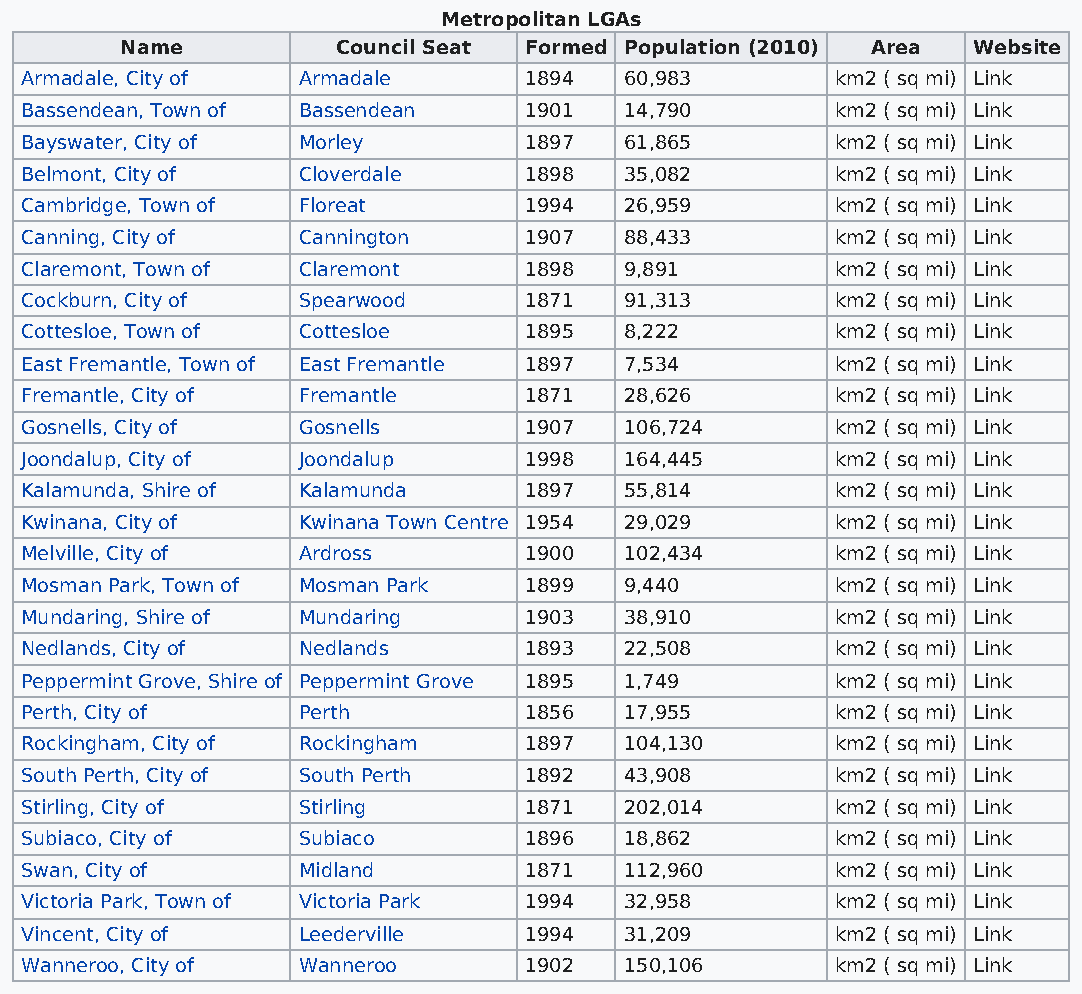
Metropolitan LGAs
 Name          Council Seat Formed Population (2010) Area Website
 Armadale, City of  Armadale       1894  60,983        km2 ( sq mi) Link
 Bassendean, Town of Bassendean    1901  14,790        km2 ( sq mi) Link
 Bayswater, City of Morley         1897  61,865        km2 ( sq mi) Link
 Belmont, City of   Cloverdale     1898  35,082        km2 ( sq mi) Link
 Cambridge, Town of Floreat        1994  26,959        km2 ( sq mi) Link
 Canning, City of   Cannington     1907  88,433        km2 ( sq mi) Link
 Claremont, Town of Claremont      1898  9,891         km2 ( sq mi) Link
 Cockburn, City of  Spearwood      1871  91,313        km2 ( sq mi) Link
 Cottesloe, Town of Cottesloe      1895  8,222         km2 ( sq mi) Link
 East Fremantle, Town of East Fremantle 1897 7,534     km2 ( sq mi) Link
 Fremantle, City of Fremantle      1871  28,626        km2 ( sq mi) Link
 Gosnells, City of  Gosnells       1907  106,724       km2 ( sq mi) Link
 Joondalup, City of Joondalup      1998  164,445       km2 ( sq mi) Link
 Kalamunda, Shire of Kalamunda     1897  55,814        km2 ( sq mi) Link
 Kwinana, City of   Kwinana Town Centre 1954 29,029    km2 ( sq mi) Link
 Melville, City of  Ardross        1900  102,434       km2 ( sq mi) Link
 Mosman Park, Town of Mosman Park  1899  9,440         km2 ( sq mi) Link
 Mundaring, Shire of Mundaring     1903  38,910        km2 ( sq mi) Link
 Nedlands, City of  Nedlands       1893  22,508        km2 ( sq mi) Link
 Peppermint Grove, Shire of Peppermint Grove 1895 1,749 km2 ( sq mi) Link
 Perth, City of     Perth          1856  17,955        km2 ( sq mi) Link
 Rockingham, City of Rockingham    1897  104,130       km2 ( sq mi) Link
 South Perth, City of South Perth  1892  43,908        km2 ( sq mi) Link
 Stirling, City of  Stirling       1871  202,014       km2 ( sq mi) Link
 Subiaco, City of   Subiaco        1896  18,862        km2 ( sq mi) Link
 Swan, City of      Midland        1871  112,960       km2 ( sq mi) Link
 Victoria Park, Town of Victoria Park 1994 32,958      km2 ( sq mi) Link
 Vincent, City of   Leederville    1994  31,209        km2 ( sq mi) Link
 Wanneroo, City of  Wanneroo       1902  150,106       km2 ( sq mi) Link